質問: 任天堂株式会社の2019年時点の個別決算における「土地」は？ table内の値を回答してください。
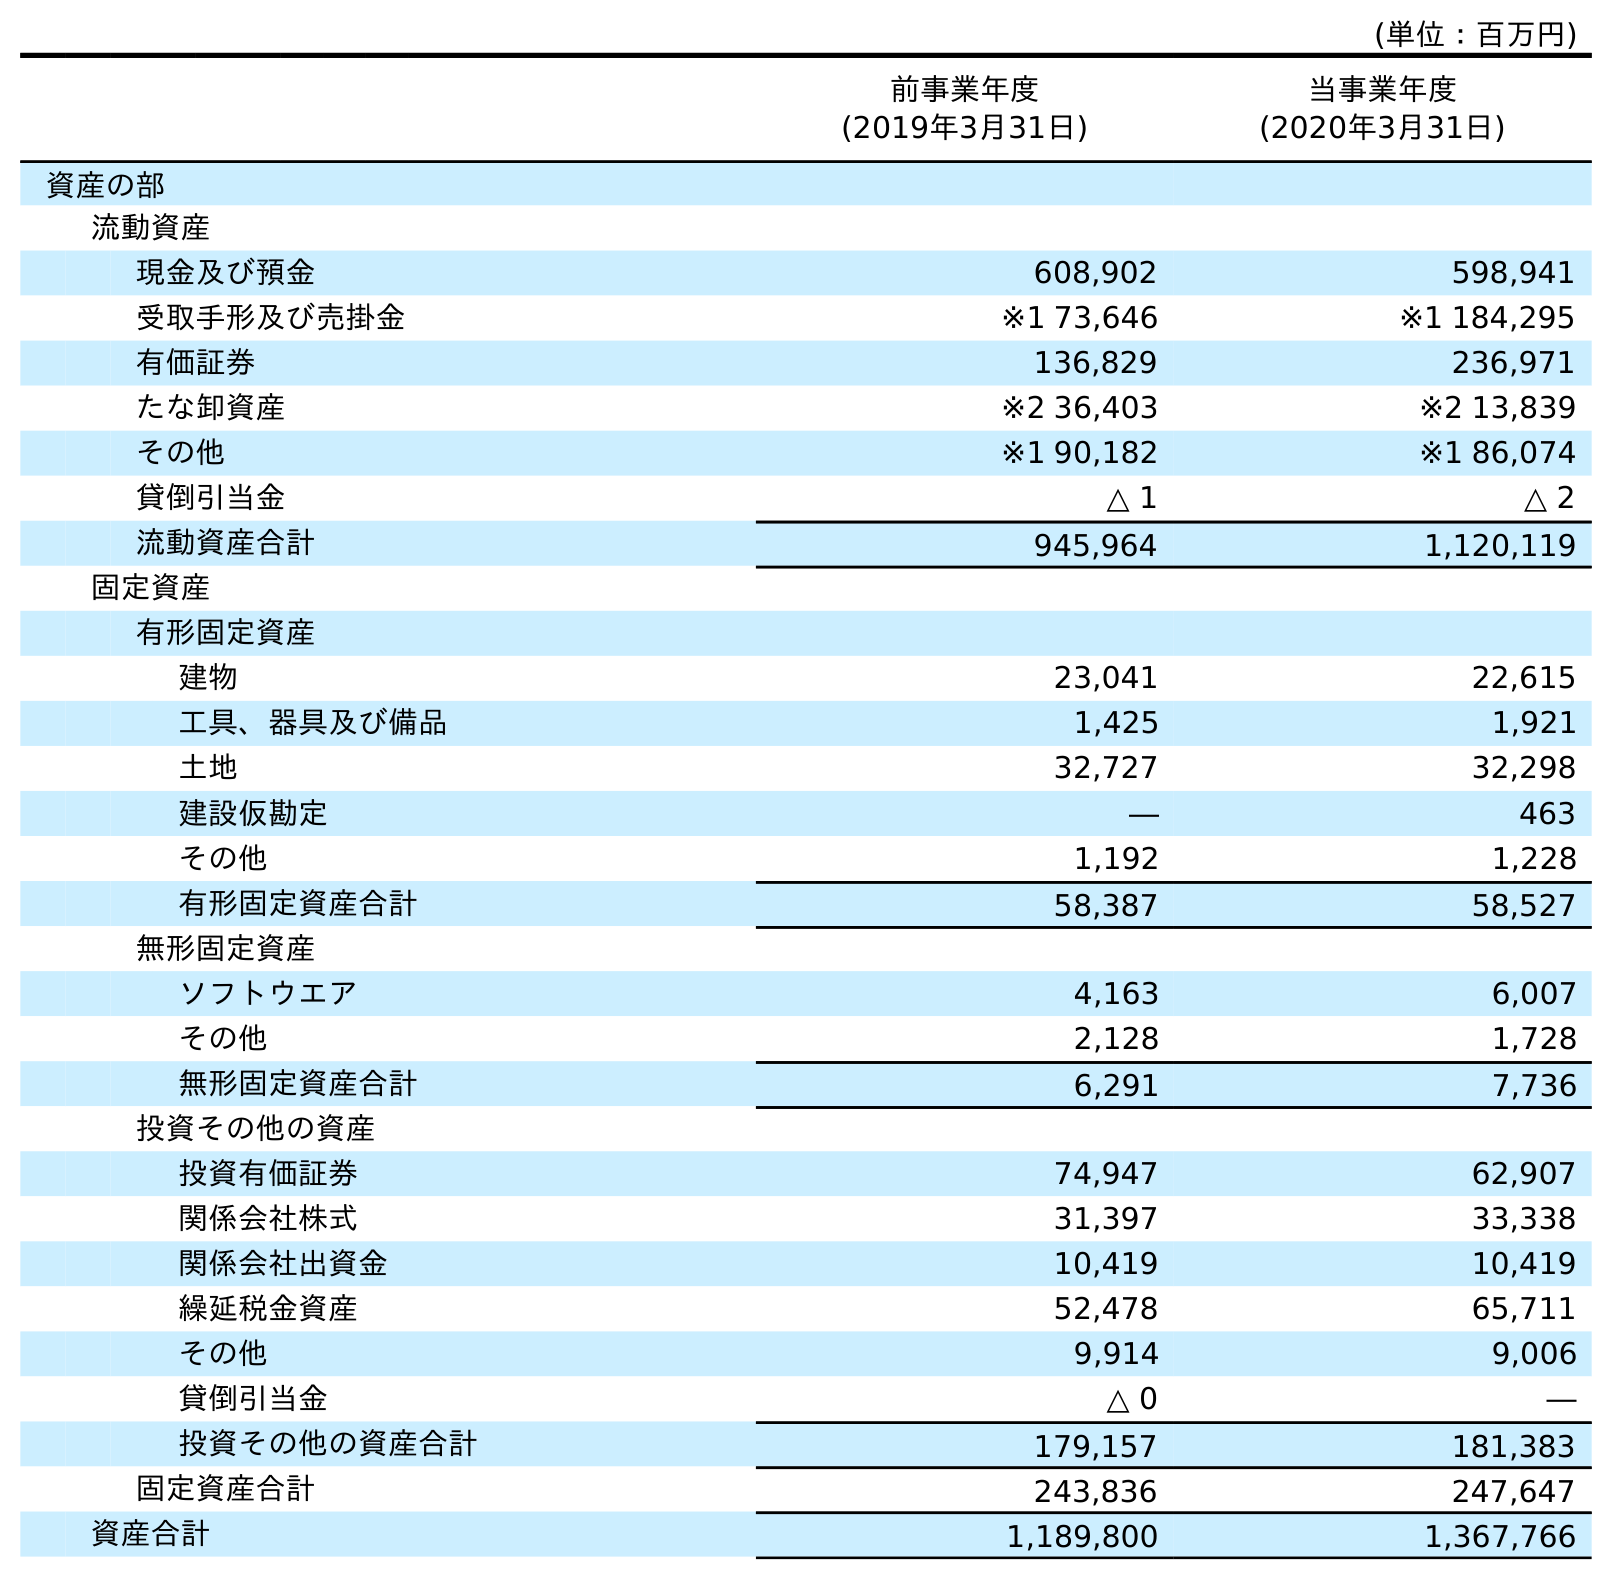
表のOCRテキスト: (単位：百万円) 前事業年度 (2019年3月31日) 当事業年度 (2020年3月31日) 資産の部 流動資産 現金及び預金 608,902 598,941 受取手形及び売掛金 ※1 73,646 ※1 184,295 有価証券 136,829 236,971 たな卸資産 ※2 36,403 ※2 13,839 その他 ※1 90,182 ※1 86,074 貸倒引当金 △ 1 △ 2 流動資産合計 945,964 1,120,119 固定資産 有形固定資産 建物 23,041 22,615 工具、器具及び備品 1,425 1,921 土地 32,727 32,298 建設仮勘定 ― 463 その他 1,192 1,228 有形固定資産合計 58,387 58,527 無形固定資産 ソフトウエア 4,163 6,007 その他 2,128 1,728 無形固定資産合計 6,291 7,736 投資その他の資産 投資有価証券 74,947 62,907 関係会社株式 31,397 33,338 関係会社出資金 10,419 10,419 繰延税金資産 52,478 65,711 その他 9,914 9,006 貸倒引当金 △ 0 ― 投資その他の資産合計 179,157 181,383 固定資産合計 243,836 247,647 資産合計 1,189,800 1,367,766
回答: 32,727